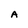
Character: A